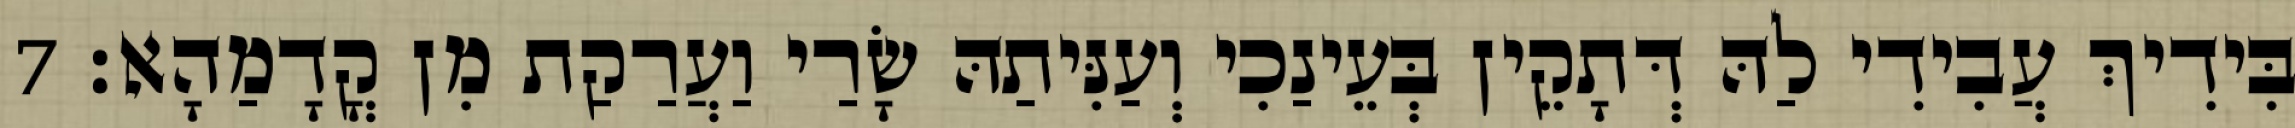
בִּידִיךְ עֲבִידִי לַהּ דְּתָקֵין בְּעֵינַכִי וְעַנִּיתַהּ שָׂרַי וַעֲרַקַת מִן קֳדָמַהָא׃ 7